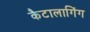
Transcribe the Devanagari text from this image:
कैटालागिंग